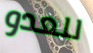
للعدو